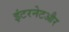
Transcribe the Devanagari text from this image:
इंटरनेटऔर